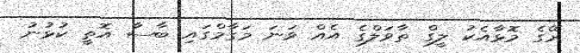
ރޭގެ މޮޅާއެކު ލީގް ތާވަލްގެ އެއް ވަނަ މަގާމްގައި ބާސާ އޮތީ ކުޅުނު